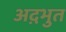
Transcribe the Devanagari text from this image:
अद़भुत